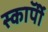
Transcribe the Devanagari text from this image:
स्काॅर्पी